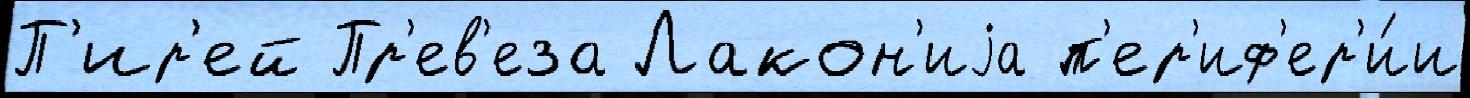
П'ир'ей Пр'ев'еза Лакон'иjа п'ер'иф'ер'и́и